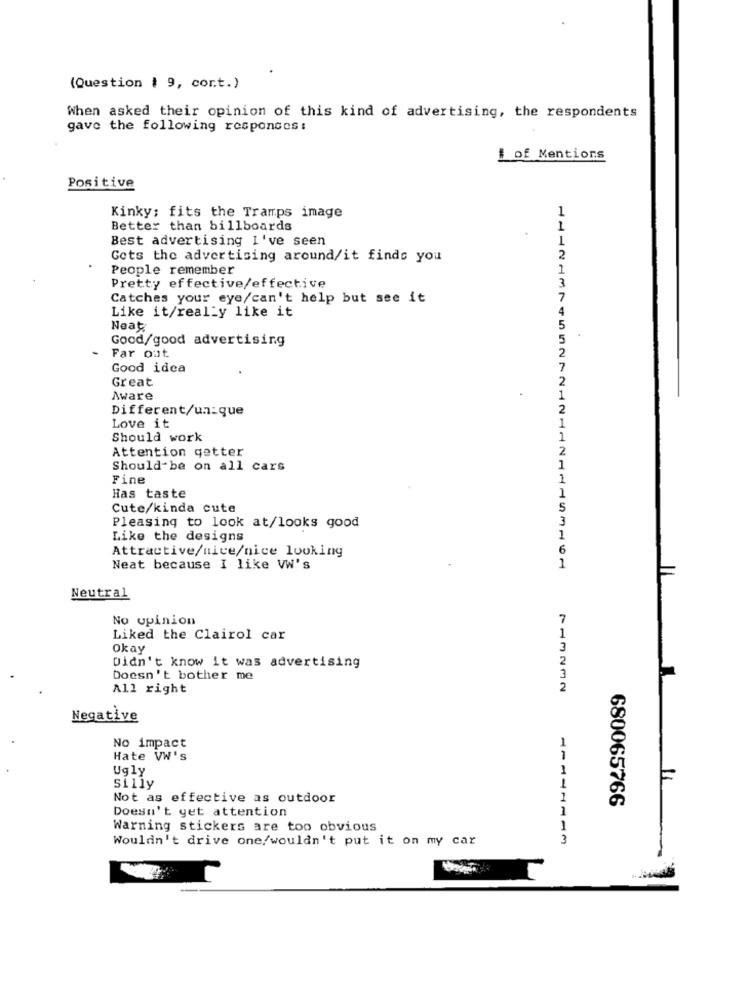
(Question | 9, cont.)
When asked their opinion of this kind of advertising, the respondents
gave the following respondes:
1 of Mentions
Positive
Kinky; fits the Tramps image
Better than billboards
Best advertising I've seen
1
Gots the advertising around/it finds you
2
People remember
Pretty effective/effective
Catches your eye/can't help but see it
Like it/really like it
Neat
Good/good advertising
Far out
Good idea
Great
Aware
Different/unique
Love it
Should work
Attention getter
Should be on all cars
Fine
Has taste
Cute/kinda cute
5
3
Pleasing to look at/looks good
Like the designs
1
Attractive/nice/nice looking
6
Neat because I like VW's
1
Neutral
No opinion
Liked the Clairol car
Okay
Didn't know it was advertising
Doesn't bother me
All right
713232
Negative
No impact
Hate VW's
Ugly
Silly
Not as effective as outdoor
680065766
Doesn't get attention
Warning stickers are too obvious
Wouldn't drive one/wouldn't put it on my car
3